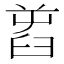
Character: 𦥭